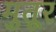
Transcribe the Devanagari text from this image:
मुतूर